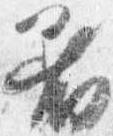
着